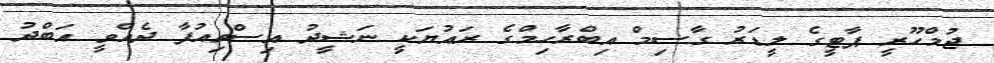
ޖުމްހޫރީ ޕާޓީގެ ލީޑަރު ގާސިމް އިބްރާހިމްގެ ރައުޔަކީ ނަޝީދު އިސްތިއުފާ ދެއްވީ އަބްދު